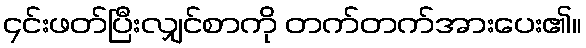
၄င်းဖတ်ပြီးလျှင်စာကို တက်တက်အားပေး၏။